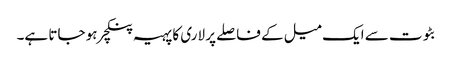
بٹوت سے ایک میل کے فاصلے پر لاری کا پہیہ پنکچر ہو جاتا ہے۔